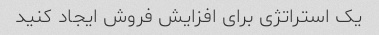
یک استراتژی برای افزایش فروش ایجاد کنید